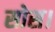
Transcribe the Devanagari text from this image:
सोस।